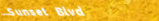
Sunset Blvd